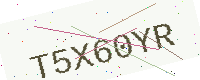
Text: T5X60YR